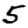
Digit: 5